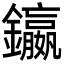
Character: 𨯤